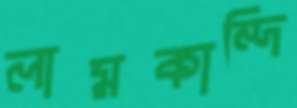
লামকান্দি